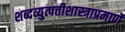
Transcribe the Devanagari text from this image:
शब्दव्युत्पत्तीशास्त्राप्रमाणे